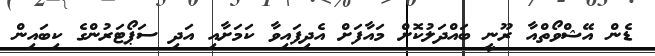
ޑެން އޭޝްވޯތްއާ ރޫނީ ބައްދަލުކޮށް މައާފަށް އެދިފައިވާ ކަމަށާއި އަދި ސަޕޯޓަރުންގެ ކިބައިން